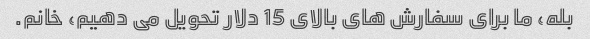
بله، ما برای سفارش های بالای 15 دلار تحویل می دهیم، خانم.